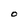
Character: O